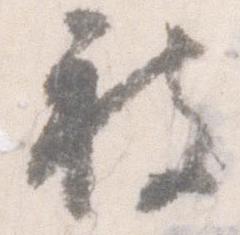
被